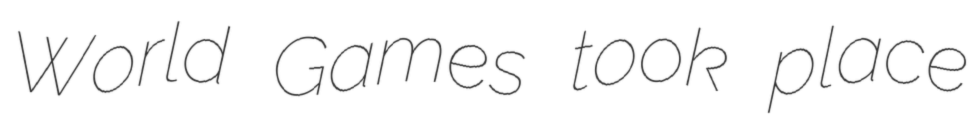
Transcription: World Games took place